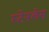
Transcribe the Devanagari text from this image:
स्‍टेनलेस